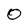
Character: 0